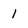
Character: 1